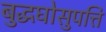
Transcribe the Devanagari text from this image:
बुद्धघोसुपत्ति